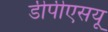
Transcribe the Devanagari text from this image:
डीपीएसयू